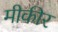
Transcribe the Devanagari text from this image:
मीकीर